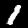
Digit: 1